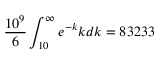
\frac { 1 0 ^ { 9 } } { 6 } \int _ { 1 0 } ^ { \infty } e ^ { - k } k d k = 8 3 2 3 3